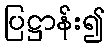
ပြဋ္ဌာန်း၍